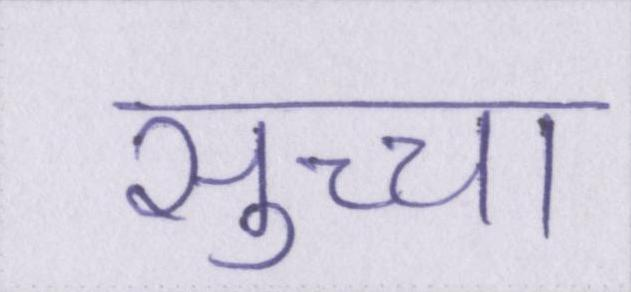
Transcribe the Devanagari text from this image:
सुच्चा